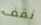
نقف